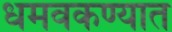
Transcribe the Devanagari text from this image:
धमवकण्यात